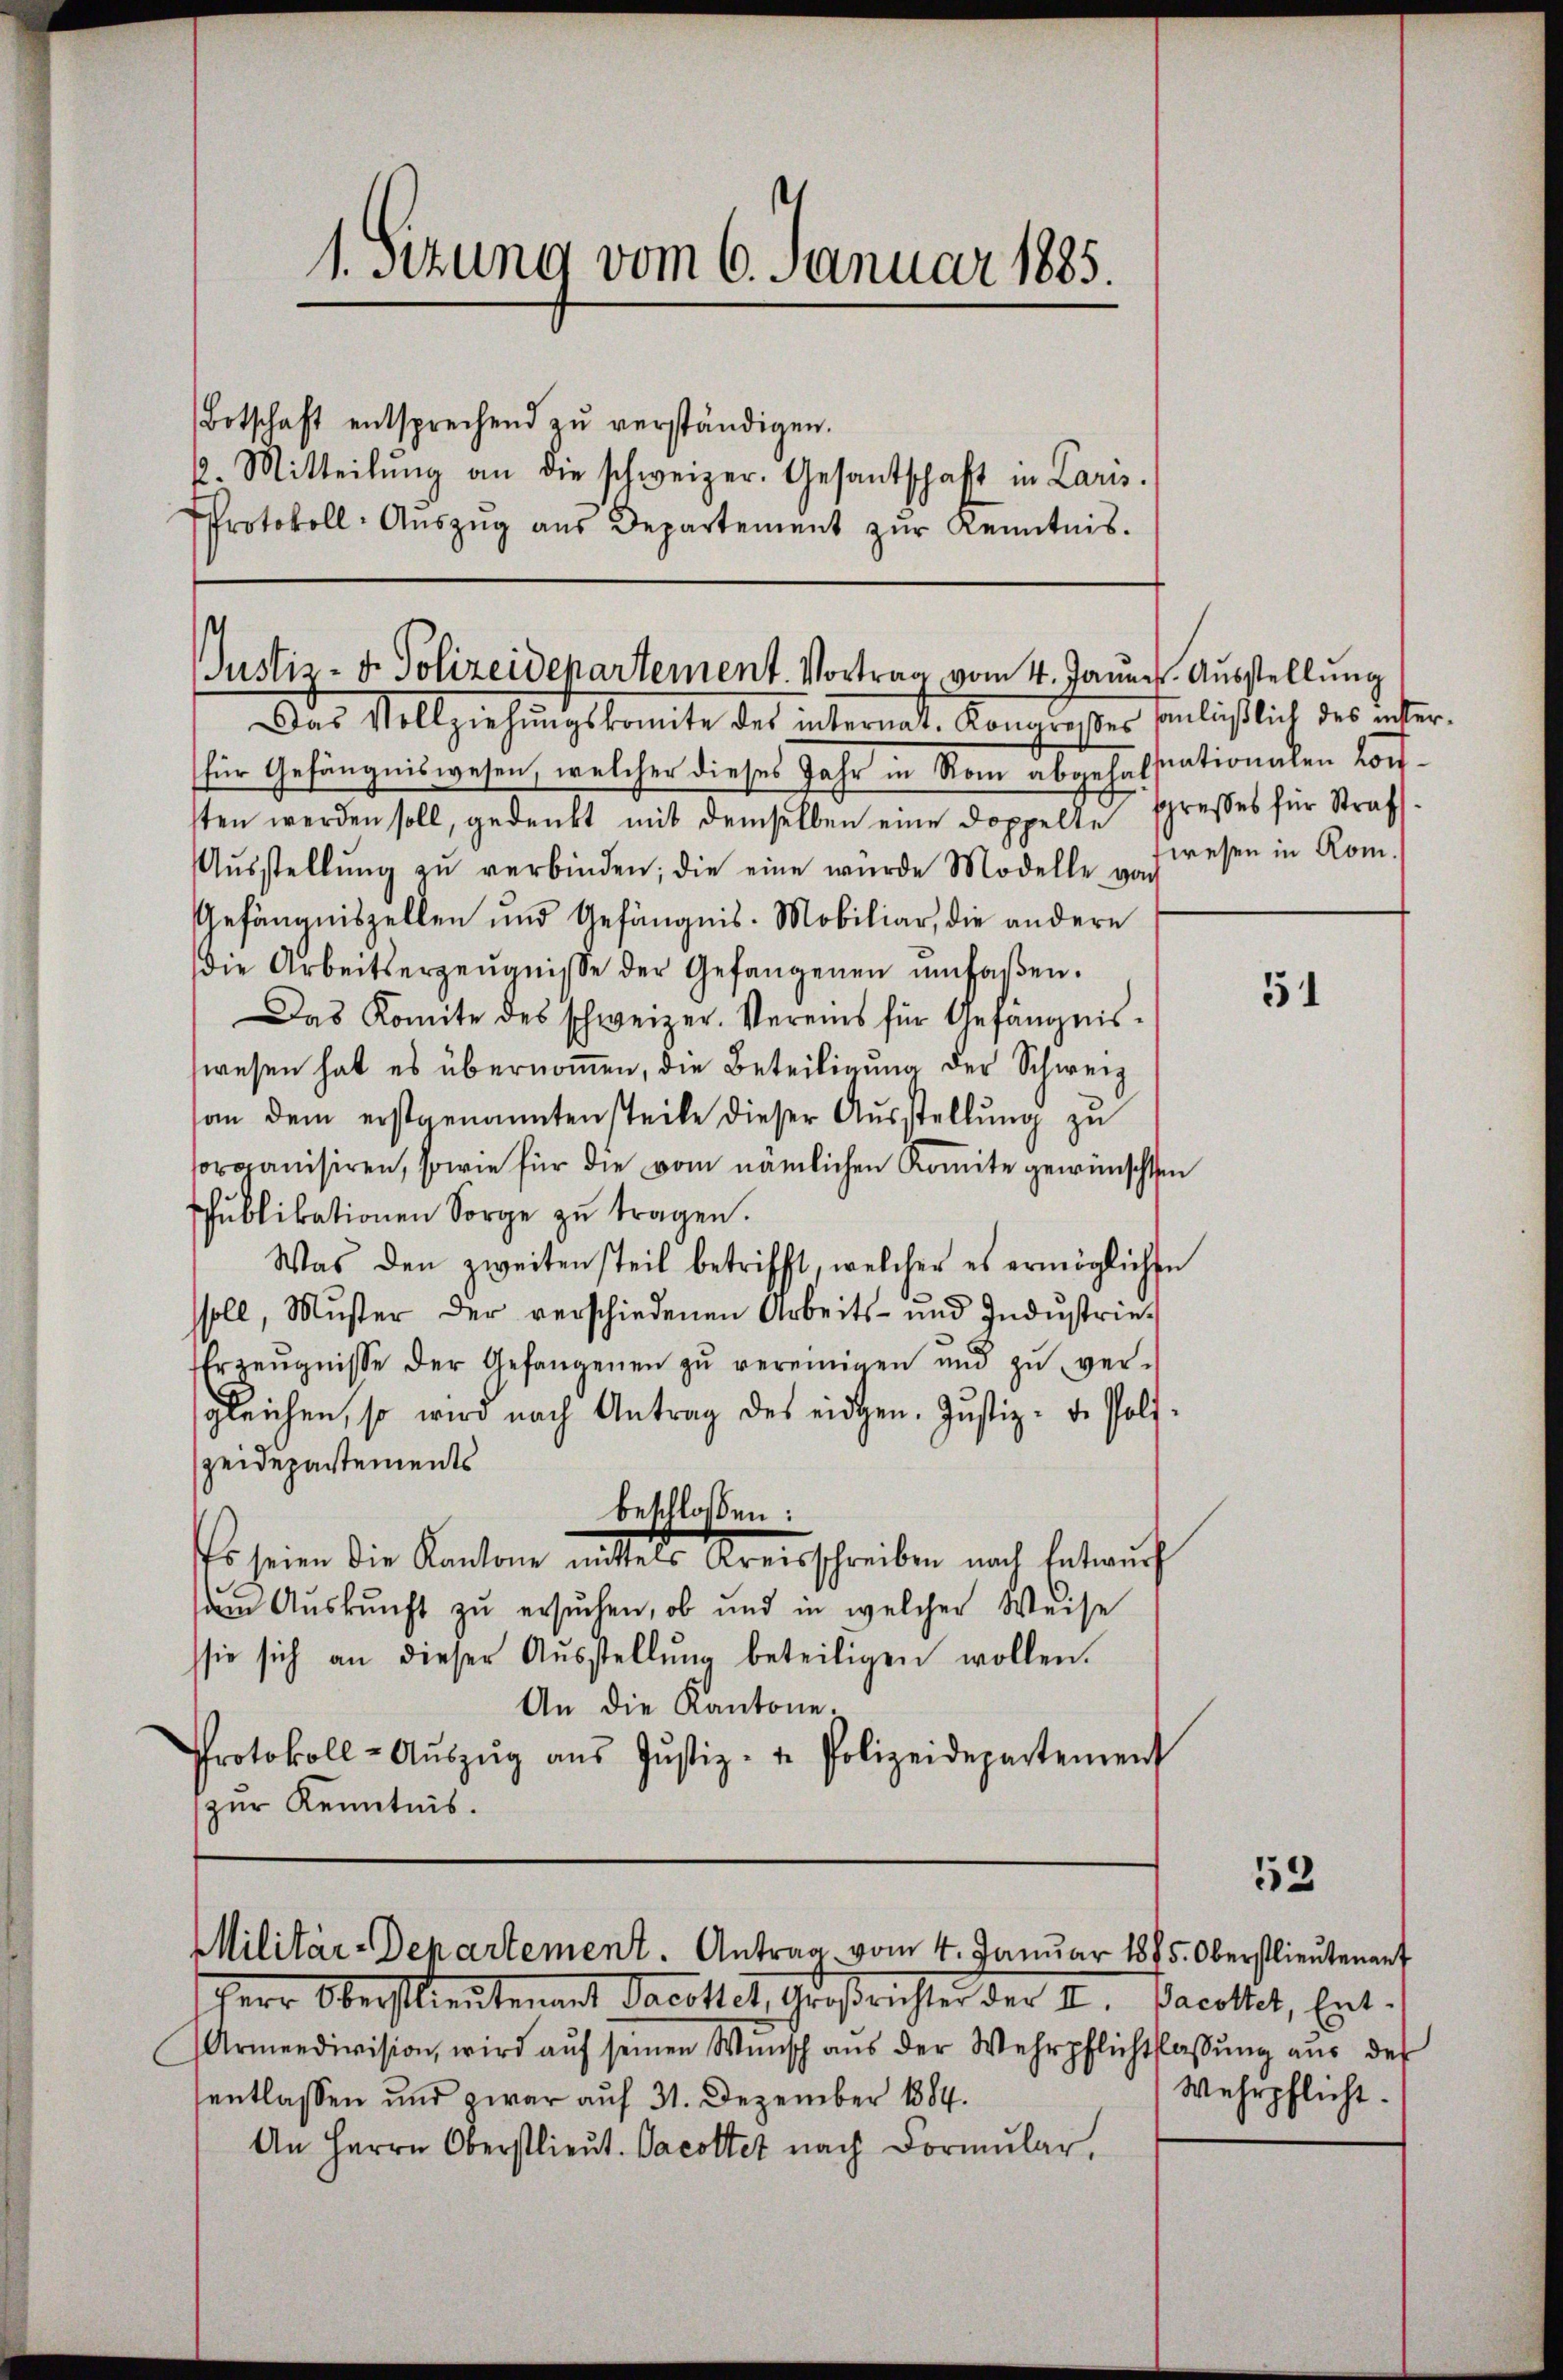
1. Sitzung vom 6. Januar 1885
Botschaft entsprechend zŭ verständigen.
6. Mitteilŭng an die schweizer. Gesantschaft in Laris.
Protokoll-Aŭszŭg aŭs Departement zŭr Kenntnis.

Justiz- u. Polizeidepartement. Vortrag vom 4. Jaune. Ausstellung
Das Vollziehungskomite des internat. Kono reser Einläßlich des unter¬

Militär-Departement. Antrag vom 4. Januar 1875. Oberstlieutenant

Oberstlieutenant Jacottet, Großrichter der II.
Armendivision wird aŭf seinen Wünsch aŭs der Wehrpflichtslassŭng aŭs des
sentlassen und zwar auf 31. Dezember 1884.
An Herrn Oberstlieŭt. Jacottet nach Formŭlar,

für Gefängniswesen, welcher dieses Jahr in Rom überhalstationalen Kopfsten werden soll, gedenkt mit demselben eine Doppelte spresses für Straf¬
Aŭsstellŭng zŭ verbinden; die eine würde Modelle von
Gefängniszellen und Gefängnis. Mobiliar, die andere
die Arbeitserzeŭgnisse der Gefangenen ŭmfaßen.
Das Komite des schweizer. Vereins für Gefängnis-
swesen hat es übernomen, die Beteiligung der Schweiz
son dem erstgenannten steile dieser Aŭsstellŭng zu
sormanisiren, sowie für die vom nämlichen Komite gewünschten
Pŭblikationen Sorge zŭ tragen.
Was den zweitensteil betrifft, welcher es ermöglichen
ssoll, Muster der verschiedenen Arbeits- und Indŭstrie¬
Erzeŭgnisse der Gefangenen zŭ vereinigen und zŭ ver-
sgleichen, so wird nach Antrag des eidgen. Justiz- de Poli-
peidepartements
beschlossen:
Es seien die Kantone mittels Kreisschreiben nach Entwurf
m Auskunft zu ersuchen, ob und in welcher Weise
ssie sich an dieser Aŭsstellŭng beteiligen wollen.
An die Kantone.
Protokoll-Aŭszŭg aŭs Jŭstiz- u. Polizeidepartement
zur Kenntnis.

wesen in Rom.

51

53

Dacottet, Ent-
Wehrpflicht.